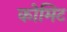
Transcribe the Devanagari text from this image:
कोमिट